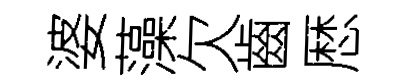
婆藻欠齒厯